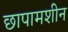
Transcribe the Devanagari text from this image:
छापामशीन